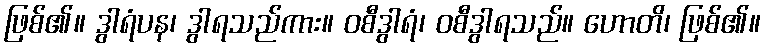
ဖြစ်၏။ ဒွါရံပန၊ ဒွါရသည်ကား။ ဝစီဒွါရံ၊ ဝစီဒွါရသည်။ ဟောတိ၊ ဖြစ်၏။